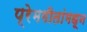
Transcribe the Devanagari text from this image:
प्रेमगीतांमधून